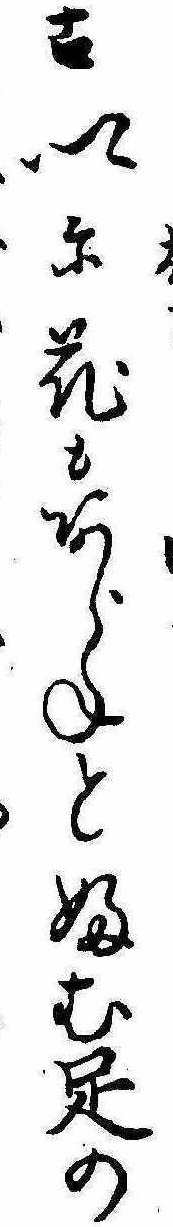
古郷に花もあらねとふむ足の